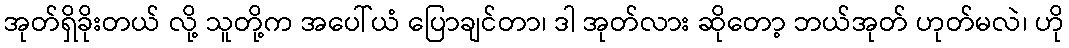
အုတ်ရှိခိုးတယ် လို့ သူတို့က အပေါ်ယံ ပြောချင်တာ၊ ဒါ အုတ်လား ဆိုတော့ ဘယ်အုတ် ဟုတ်မလဲ၊ ဟို